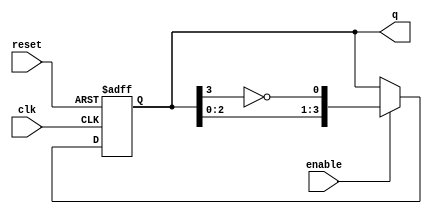
module johnson_counter (
    input wire clk,              // Clock input
    input wire enable,           // Enable signal
    input wire reset,            // Asynchronous reset signal
    output reg [3:0] q           // 4-bit output for the counter
);

// Johnson Counter implementation
always @(posedge clk or posedge reset) begin
    if (reset) begin
        // Asynchronous reset: Set counter to 0
        q <= 4'b0000;
    end else if (enable) begin
        // Johnson counter logic
        q <= {q[2:0], ~q[3]};    // Shift left and feed inverted last bit
    end
    // If enable is low, retain current state (do nothing)
end

endmodule